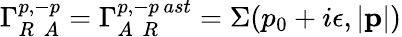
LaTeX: \Gamma_{R\ \ A}^{p,-p}=\Gamma_{A\ \ R}^{p,-p\, ast}=\Sigma(p_{0}+i\epsilon,|{\mathbf p}|)